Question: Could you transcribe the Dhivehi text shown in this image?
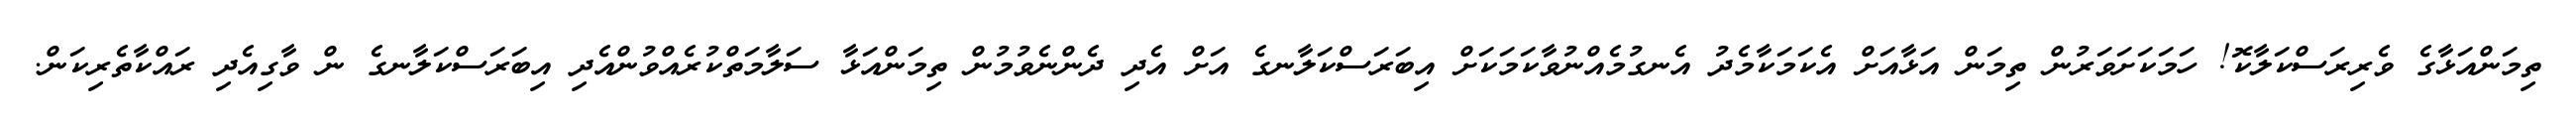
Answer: ތިމަންއަޅާގެ ވެރިރަސްކަލާކޮ! ހަމަކަށަވަރުން ތިމަން އަޅާއަށް އެކަމަކާމެދު އެނގުމެއްނުވާކަމަކަށް އިބަރަސްކަލާނގެ އަށް އެދި ދެންނެވުމުން ތިމަންއަޅާ ސަލާމަތްކުރެއްވުންއެދި އިބަރަސްކަލާނގެ ން ވާގިއެދި ރައްކާތެރިކަން.